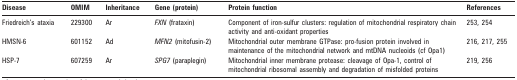
<table><thead><tr><td><b>Disease</b></td><td><b>OMIM</b></td><td><b>Inheritance</b></td><td><b>Gene (protein)</b></td><td><b>Protein function</b></td><td><b>References</b></td></tr></thead><tbody><tr><td>Friedreich’s ataxia</td><td>229300</td><td>Ar</td><td><i>FXN</i> (frataxin)</td><td>Component of iron-sulfur clusters: regulation of mitochondrial respiratory chain activity and anti-oxidant properties</td><td>253, 254</td></tr><tr><td>HMSN-6</td><td>601152</td><td>Ad</td><td><i>MFN2</i> (mitofusin-2)</td><td>Mitochondrial outer membrane GTPase: pro-fusion protein involved in maintenance of the mitochondrial network and mtDNA nucleoids (cf Opa1)</td><td>216, 217, 255</td></tr><tr><td>HSP-7</td><td>607259</td><td>Ar</td><td><i>SPG7</i> (paraplegin)</td><td>Mitochondrial inner membrane protease: cleavage of Opa-1, control of mitochondrial ribosomal assembly and degradation of misfolded proteins</td><td>219, 256</td></tr></tbody></table>